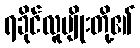
ရခိုင်လူမျိုးတို့၏